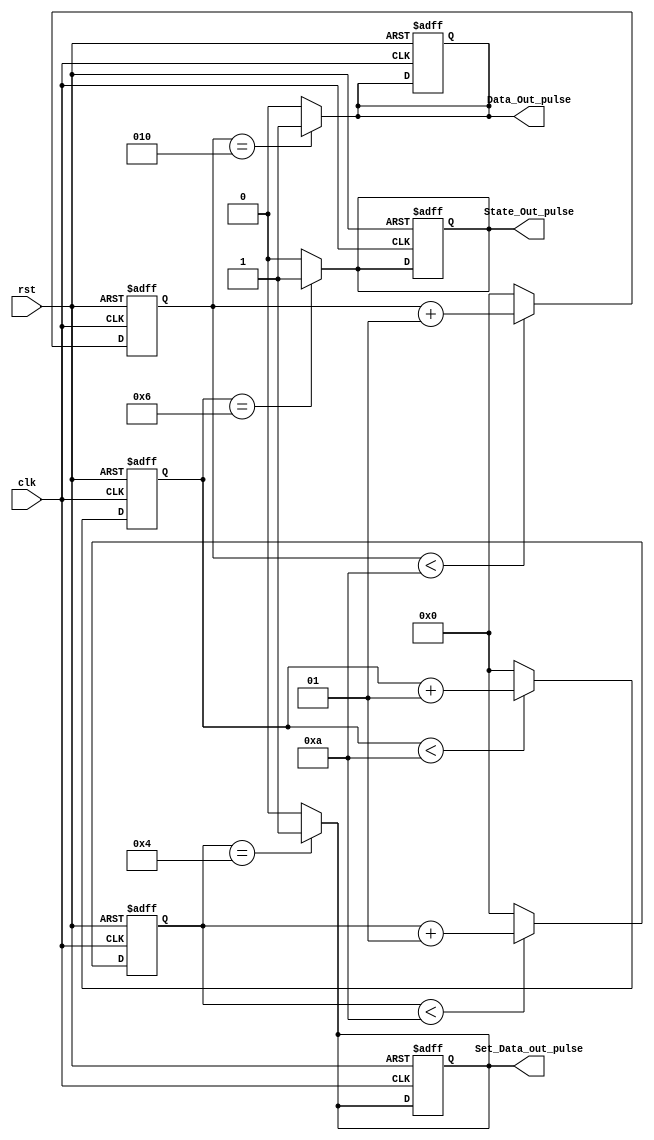
module CLOCKS(
                input clk,
                input rst,
                output reg Data_Out_pulse=0,
                output reg Set_Data_out_pulse=0,
                output reg State_Out_pulse=0
    );
integer Data_Hold_Counter=0, Set_Data_Hold_Counter=0, State_Hold_Counter=0;


///////////////////////////////////////////////////////////////////////////////////
always@(posedge clk or posedge rst)
    begin 
        if(rst)begin
            Set_Data_out_pulse=0;
            Set_Data_Hold_Counter=0;
            end    
        else
        begin
            if (Set_Data_Hold_Counter < 10)
                Set_Data_Hold_Counter=Set_Data_Hold_Counter+1;
            else
                Set_Data_Hold_Counter=0;
        end
end        
        always@(Set_Data_Hold_Counter)
        begin
            if (Set_Data_Hold_Counter == 4)
                Set_Data_out_pulse=1;
            else
                Set_Data_out_pulse=0;    
        end
////////////////////////////////////////////////////////////////////////////////////
///////////////////////////////////////////////////////////////////////////////////
always@(posedge clk or posedge rst)
    begin 
        if(rst)begin
            Data_Out_pulse=0;
            Data_Hold_Counter=0;
            end    
        else
        begin
            if (Data_Hold_Counter < 10)
                Data_Hold_Counter=Data_Hold_Counter+1;
            else
                Data_Hold_Counter=0;
        end
end        
        always@(Data_Hold_Counter)
        begin
            if (Data_Hold_Counter == 2)
                Data_Out_pulse=1;
            else
                Data_Out_pulse=0;    
        end
////////////////////////////////////////////////////////////////////////////////////
////////////////////////////////////////////////////////////////////////////////////
always@(posedge clk or posedge rst)
    begin 
        if(rst)begin
            State_Out_pulse=0;
            State_Hold_Counter=0;
            end    
        else
        begin
            if (State_Hold_Counter < 10)
                State_Hold_Counter=State_Hold_Counter+1;
            else
                State_Hold_Counter=0;
        end
end        
        always@(State_Hold_Counter)
        begin
            if (State_Hold_Counter == 6)
                State_Out_pulse=1;
            else
                State_Out_pulse=0;
        end
////////////////////////////////////////////////////////////////////////////////////
endmodule